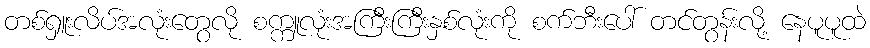
တစ်ရှူးလိပ်အလုံးတွေလို စက္ကူလုံးအကြီးကြီးနှစ်လုံးကို စက်ဘီးပေါ် တင်တွန်းလို့ နေပူပူထဲ